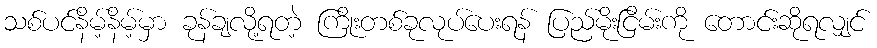
သစ်ပင်နိမ့်နိမ့်မှာ ခုန်ချလို့ရတဲ့ ကြိုးတစ်ခုလုပ်ပေးရန် ပြည်မိုးငြိမ်းကို တောင်းဆိုရလျှင်